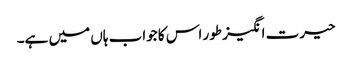
حیرت انگیز طور اس کا جواب ہاں میں ہے۔